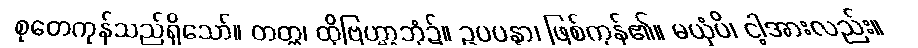
စုတေကုန်သည်ရှိသော်။ တတ္ထ၊ ထိုဗြဟ္မာ့ဘုံ၌။ ဥပပန္နာ၊ ဖြစ်ကုန်၏။ မယှံပိ၊ ငါ့အားလည်း။